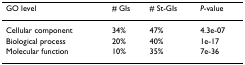
<table><thead><tr><td><b>GO level</b></td><td><b># GIs</b></td><td><b># St-GIs</b></td><td><b><i>P</i>-value</b></td></tr></thead><tbody><tr><td>Cellular component</td><td>34%</td><td>47%</td><td>4.3e-07</td></tr><tr><td>Biological process</td><td>20%</td><td>40%</td><td>1e-17</td></tr><tr><td>Molecular function</td><td>10%</td><td>35%</td><td>7e-36</td></tr></tbody></table>